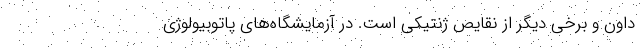
داون و برخی دیگر از نقایص ژنتیکی است. در آزمایشگاه‌های پاتوبیولوژی